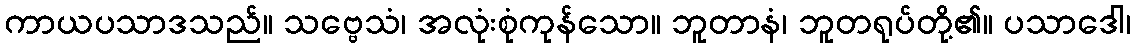
ကာယပသာဒသည်။ သဗ္ဗေသံ၊ အလုံးစုံကုန်သော။ ဘူတာနံ၊ ဘူတရုပ်တို့၏။ ပသာဒေါ၊